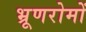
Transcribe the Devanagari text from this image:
भ्रूणरोमों